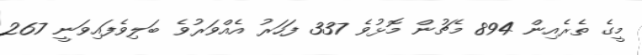
މީގެ ތެރެއިން 894 މެޗުން މޮޅުވެ 337 ފަހަރު އެއްވަރުވެ ބަލިވެފައިވަނީ 267